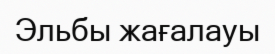
Эльбы жағалауы